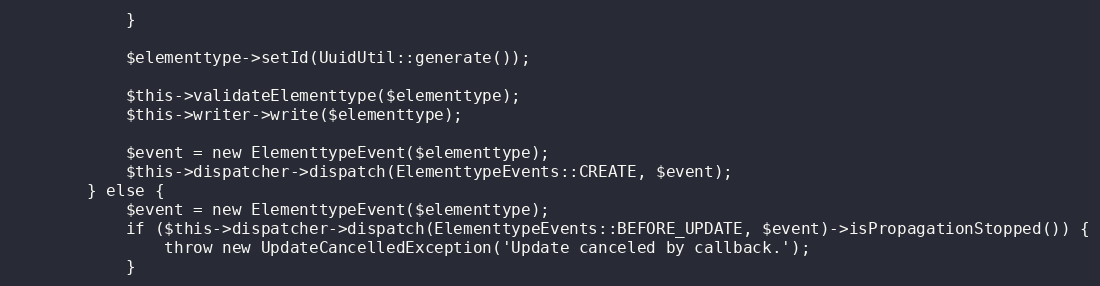
Language: PHP
            }

            $elementtype->setId(UuidUtil::generate());

            $this->validateElementtype($elementtype);
            $this->writer->write($elementtype);

            $event = new ElementtypeEvent($elementtype);
            $this->dispatcher->dispatch(ElementtypeEvents::CREATE, $event);
        } else {
            $event = new ElementtypeEvent($elementtype);
            if ($this->dispatcher->dispatch(ElementtypeEvents::BEFORE_UPDATE, $event)->isPropagationStopped()) {
                throw new UpdateCancelledException('Update canceled by callback.');
            }